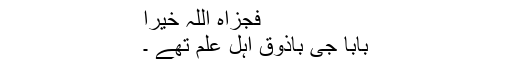
فجزاہ اللہ خیرا
بابا جی باذوق اہل علم تھے ۔